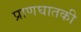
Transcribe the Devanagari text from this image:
प्राणघातकी